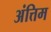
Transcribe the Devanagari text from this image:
अंत्तिम